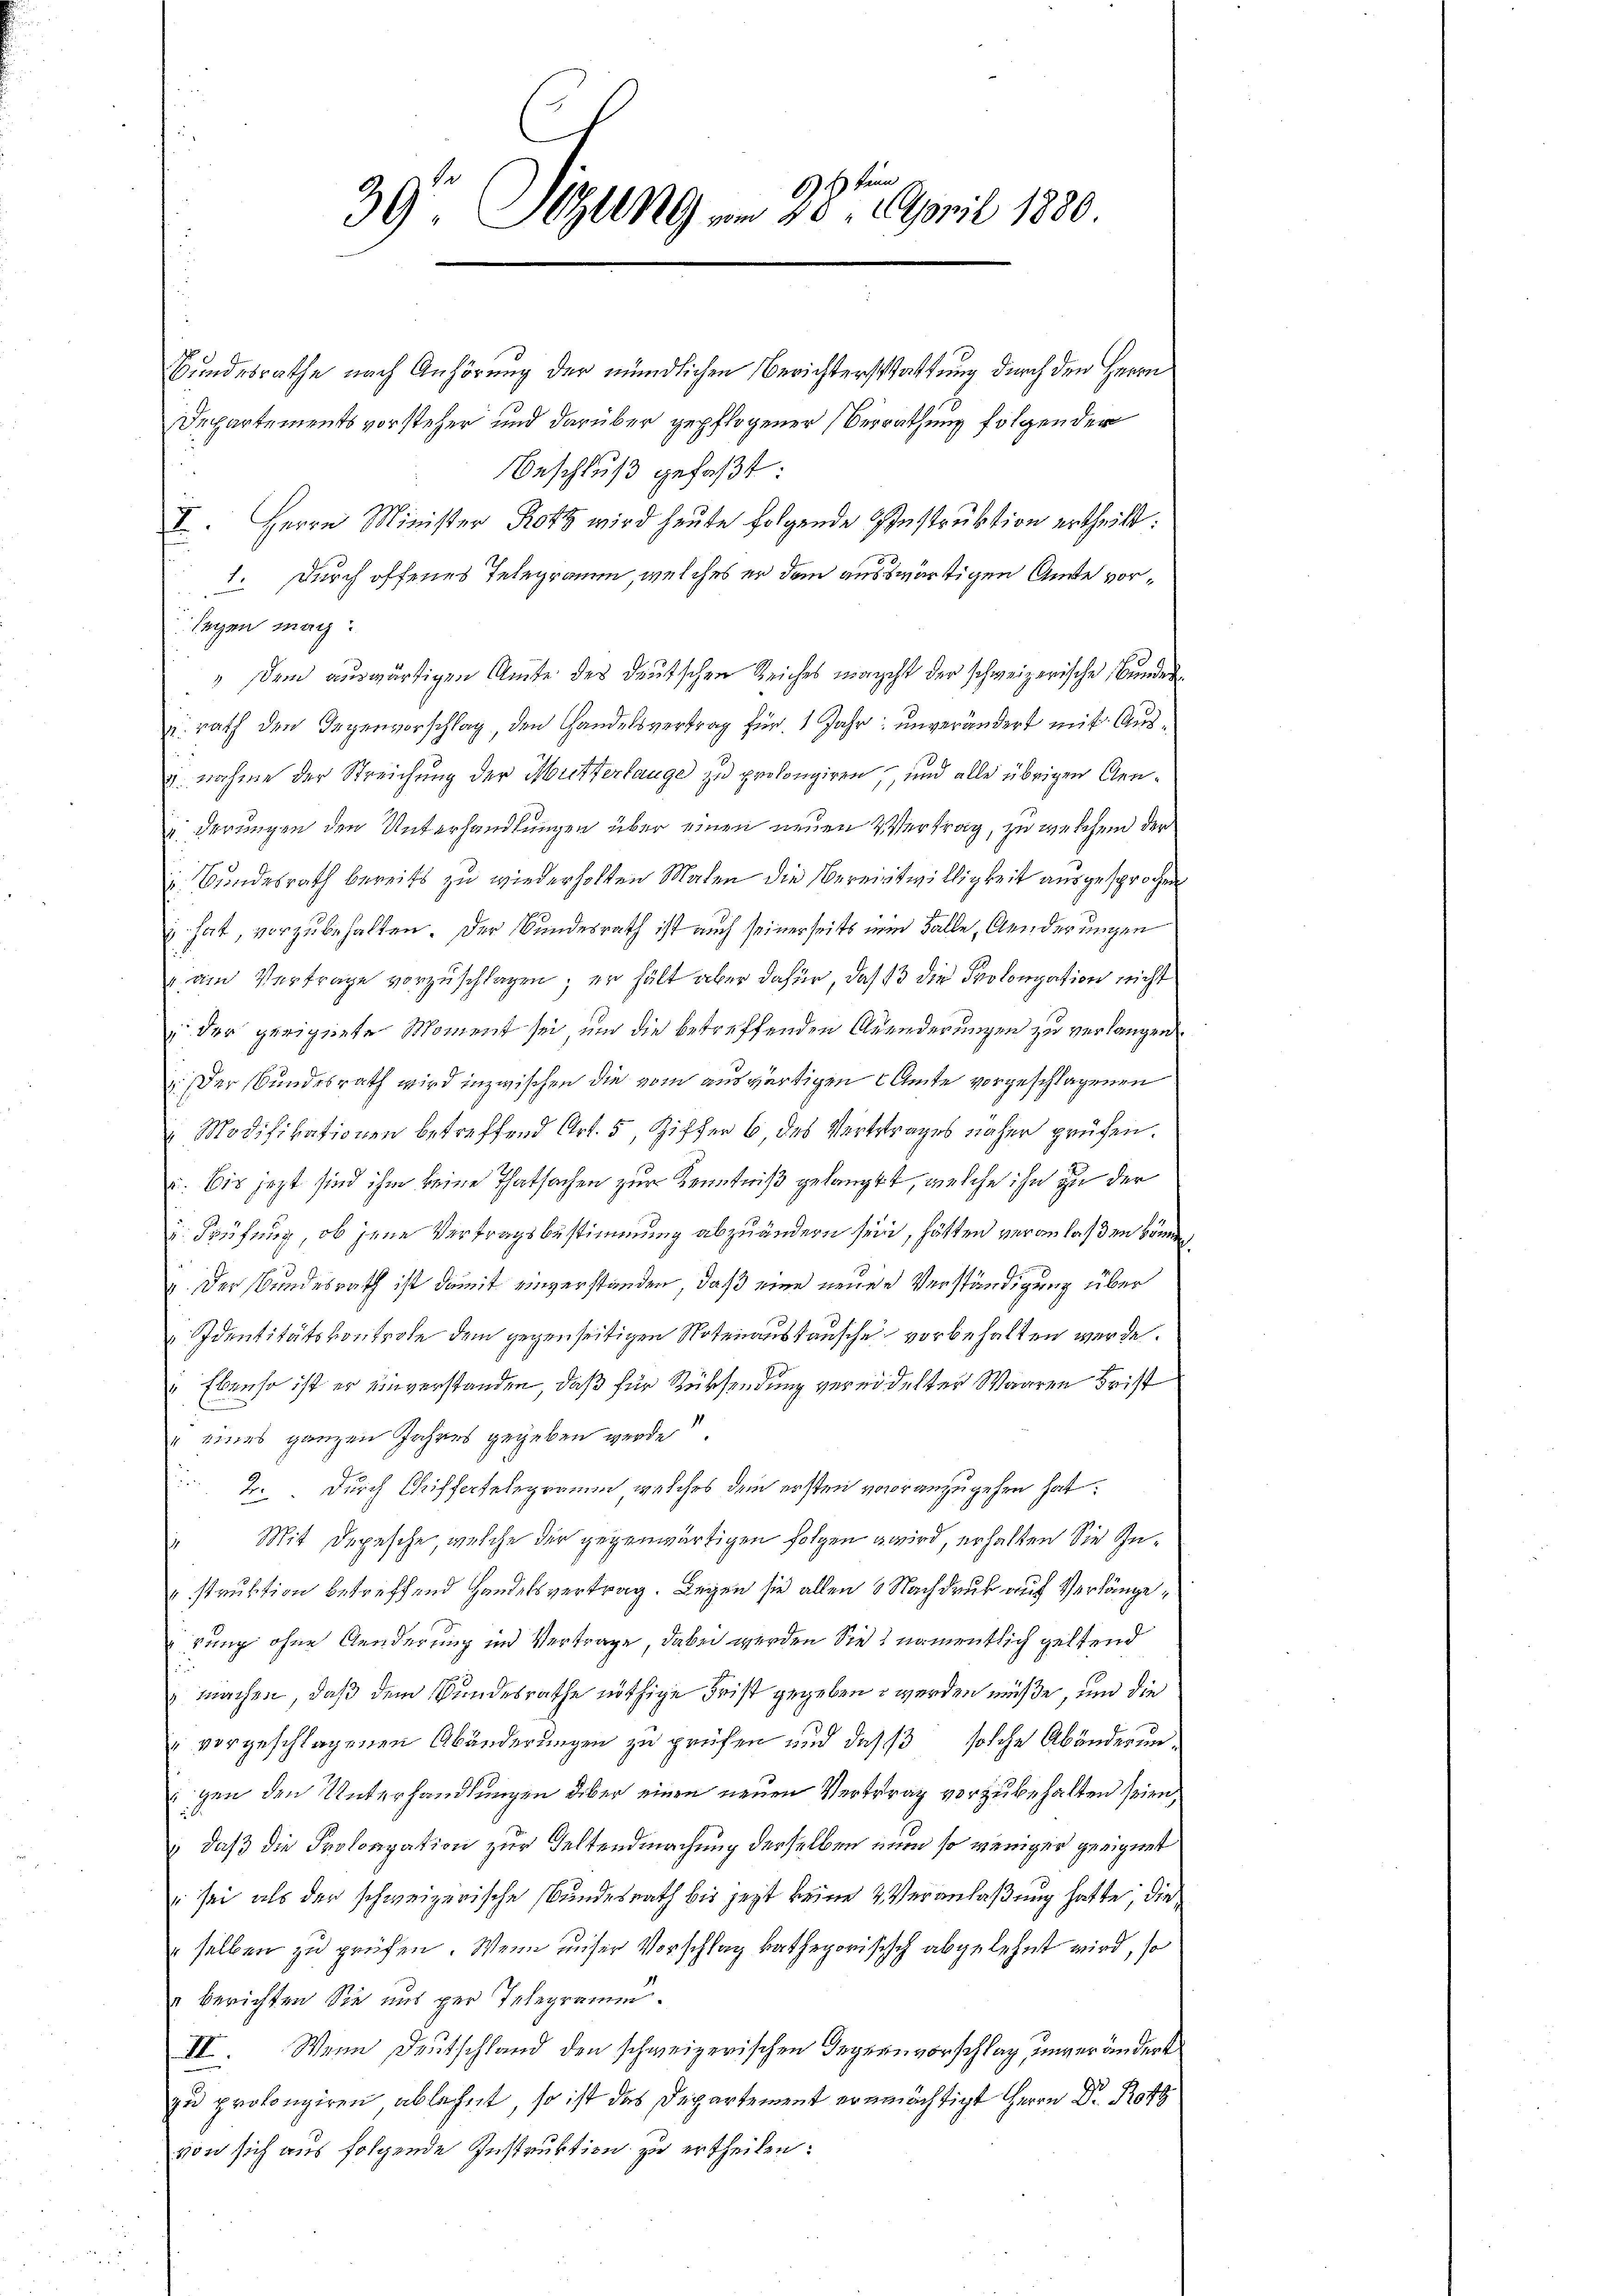
6) Es kein
39. Segung vom 20. April 1880.

Bundesrathe nach Anhörung der mündlichen Berichterstattung durch den Herrn
Departementsvorsteher und darüber gepflogener Verrathung folgender
Beschluß gefaßt:
I. Herrn Minister Rotz wird heute folgende Instruktion ertheilt.
1. Durch offenes Telegramm, welches er dem auswärtigen Amte vorsagen mach
" dem auswärtigen Amte des deutschen Reiches macht der schweizerische Bunder
u. rath den Gegenvorschlag, den Handelsvertrag für 1 Jahr unverändert mit Aus¬
u. nahme der Streichung der Mutterlange zu prolongiren, und alle übrigen Genderungen den Unterhandlungen über einen neuen Vertrag, zu welchend der
. Bundesrath bereits zu wiederholten Malen die Bereitwilligkeit ausgesprochen
hat, vorzubehalten. Der Bundesrath ist auch seinerseits im Falle, Aenderungen
 am Vertrage vorzuschlagen; er hält aber dafür, das 13 die Prolongation nicht
 der gerichnete Moment sei, um die betreffenden Ansederungen zu verlangen
. Der Bundesrath wird inzwischen die vom auswärtigen Amte vorgeschlagenen
 Modifikationen betreffend Art. 5, Ziffer 6 des Vertrages näher prüfen.
: bis jezt sind ihm keine Thatsachen zur Kenntniß gelangt, welche ihn zu der
 Prüfung, ob jene Vertragsbestimmung abzuändern sein, hätten veranlaßen können,
". Der Bundesrath ist damit einverstanden, daß eine neuen Verständigung über
Identitätskontrole dem gegenseitigen Notenanstansche vorbehalten werde.
" Ebenso ist er einverstanden, daß für Rücksendung vereidelter Waaren Frist
eines ganzen Jahres gegeben werde
2. Durch Chiffertelegramm welches dem ersten vorranzugehen hat
Mit Depesche, welche der gegenwärtigen folgen wird, erhalten Sie In¬
" struktion betreffend Handelsvertrag. Legen sie allen 0 Nachdruck auf Verlänge
rung ohne Aenderung im Vertrage, dabei werden die namentlich geltend
 machen, daß dem Bundesrathe nöthige Frist gegeben werden müße, und die
vorgeschlagenen Abänderungen zu prüfen und daß solche Abänderunigen den Unterhandlungen über einen neuen Vertrag vorzubehalten seien;
" daß die Prolongation zur Keltendmachung derselben nun so weniger geeignet
 sei als der schweizerische Bundesrath bis jezt keine 2 Veranlaßung hatte, dieselben zu prüfen. Wenn unser Vorschlag kathegorisisch abgelehnt wird, so
 berichten Sie uns per Telegramm.
II. Wenn Deutschland den schweizerischen Gegenvorschlag, unverändert
zu prolongiren, ablehnt, so ist das Departement ermächtigt Herrn Dr. Ro
von sich aus folgende Instruktion zu ertheilen: